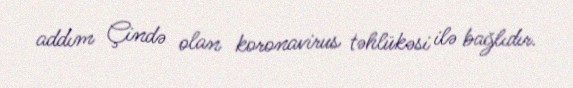
addım Çində olan koronavirus təhlükəsi ilə bağlıdır.